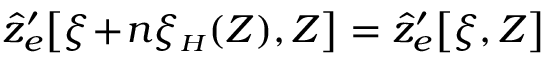
\hat { z } _ { e } ^ { \prime } \! \left[ \xi \! + \! n \xi _ { { \scriptscriptstyle H } } ( Z ) , Z \right] = \hat { z } _ { e } ^ { \prime } \! \left[ \xi , Z \right]